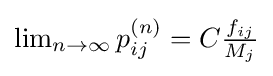
\lim \nolimits _{n\rightarrow \infty }p_{ij}^{(n)}=C{\tfrac {f_{ij}}{M_{j}}}